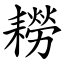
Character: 耮